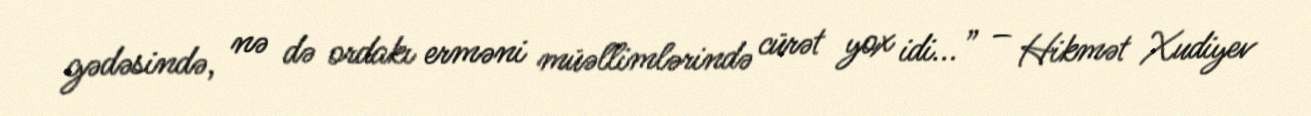
gədəsində, nə də ordakı erməni müəllimlərində cürət yox idi...” – Hikmət Xudiyev